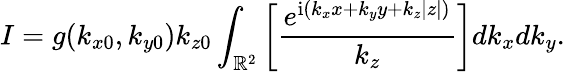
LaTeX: I=g(k_{x0},k_{y0})k_{z0}\int_{\mathbb{R}^{2}}\bigg[\frac{e^{\mathrm{i}(k_{x}x+k_{y}y+k_{z}|z|)}}{k_{z}}\bigg]dk_{x}dk_{y}.